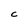
Character: c